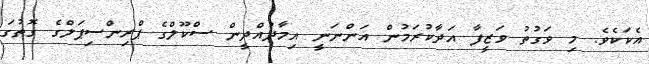
އެކަކެވެ. މި ވަގުތު ވަޒީފާ އަދާކުރަމުން އަންނަނީ އިމާދުއްދީން ސްކޫލްގެ ޕްރިންސިޕަލްގެ ގޮތުގަ